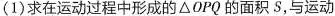
( 1 )求在运动过程中形成的 △ OPQ 的面积 S，与运动